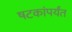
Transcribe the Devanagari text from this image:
षटकांपर्यंत